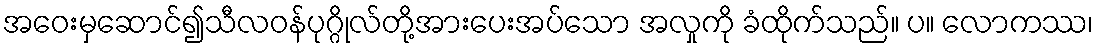
အဝေးမှဆောင်၍သီလဝန်ပုဂ္ဂိုလ်တို့အားပေးအပ်သော အလှုကို ခံထိုက်သည်။ ပ။ လောကဿ၊